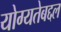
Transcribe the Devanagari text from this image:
योग्यतेबद्दल